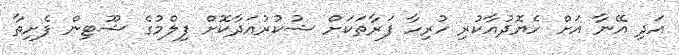
އަދި އޭނާ އަށް ހެޔޮދުއާކުރި ހުރިހާ ފަރާތަކަށް ޝުކުރުއަދާކޮށް ފިލްމުގެ ޝޫޓިން ފެށިތާ